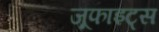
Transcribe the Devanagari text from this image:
जूफाइट्स